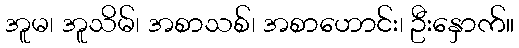
အူမ၊ အူသိမ်၊ အစာသစ်၊ အစာဟောင်း၊ ဦးနှောက်။